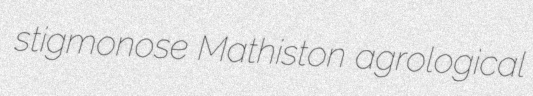
stigmonose Mathiston agrological